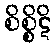
စိစ္စိဋိ